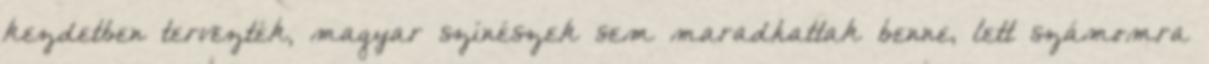
kezdetben tervezték, magyar színészek sem maradhattak benne, lett számomra